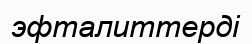
эфталиттерді